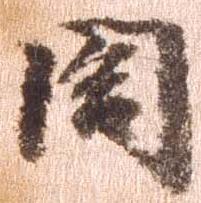
閤